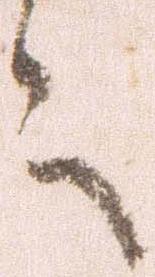
言